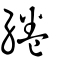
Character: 綣